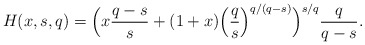
\begin{align*}H(x,s,q)=\Big(x\frac{q-s}{s}+(1+x)\Big(\frac{q}s\Big)^{q/(q-s)}\Big)^{s/q}\frac{q}{q-s}.\end{align*}